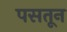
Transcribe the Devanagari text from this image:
पसतून